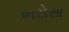
ભરોસા